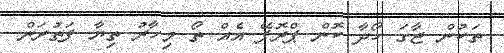
ތަކުން ޖާގަ ހޯދާ ކޮން ޕްރޮފޭ އެއް ތޯ މިހާރު ތިޔާ ފަތުރަން